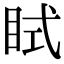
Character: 𥅞